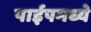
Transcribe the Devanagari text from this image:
पाईपमध्ये